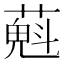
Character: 𦼄